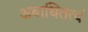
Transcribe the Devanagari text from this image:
अबाधितत्वं